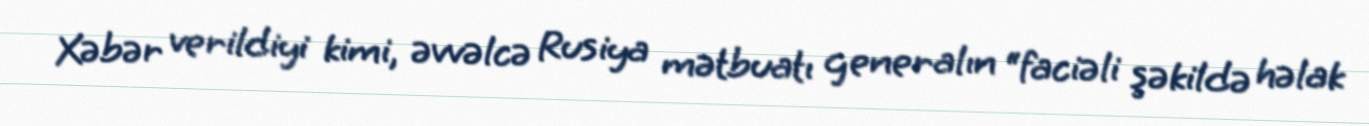
Xəbər verildiyi kimi, əvvəlcə Rusiya mətbuatı generalın “faciəli şəkildə həlak